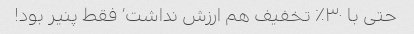
حتی با ٣٠٪؜ تخفیف هم ارزش نداشت٬ فقط پنیر بود!